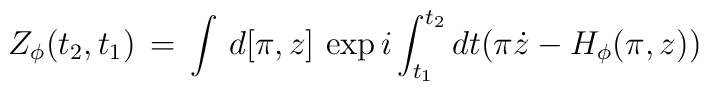
Z_{\phi}(t_2,t_1)\,=\,\int\,d[\pi,z]\,\exp i\int_{t_1}^{t_2}dt(\pi\dot{z}-H_{\phi}(\pi,z))